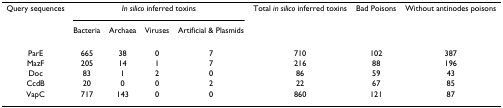
<table><thead><tr><td><b>Query sequences</b></td><td colspan="4"><b><i>In silico </i>inferred toxins</b></td><td><b>Total <i>in silico </i>inferred toxins</b></td><td><b>Bad Poisons</b></td><td><b>Without antinodes poisons</b></td></tr><tr><td></td><td><b>Bacteria</b></td><td><b>Archaea</b></td><td><b>Viruses</b></td><td><b>Artificial &amp; Plasmids</b></td><td></td><td></td><td></td></tr></thead><tbody><tr><td>ParE</td><td>665</td><td>38</td><td>0</td><td>7</td><td>710</td><td>102</td><td>387</td></tr><tr><td>MazF</td><td>205</td><td>14</td><td>1</td><td>7</td><td>216</td><td>88</td><td>196</td></tr><tr><td>Doc</td><td>83</td><td>1</td><td>2</td><td>0</td><td>86</td><td>59</td><td>43</td></tr><tr><td>CcdB</td><td>20</td><td>0</td><td>0</td><td>2</td><td>22</td><td>67</td><td>85</td></tr><tr><td>VapC</td><td>717</td><td>143</td><td>0</td><td>0</td><td>860</td><td>121</td><td>87</td></tr></tbody></table>